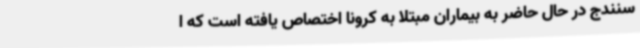
سنندج در حال حاضر به بیماران مبتلا به کرونا اختصاص یافته است که ا